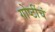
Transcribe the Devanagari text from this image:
गोष्टींचं